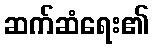
ဆက်ဆံရေး၏